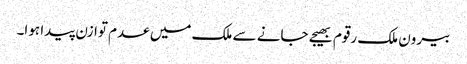
بیرون ملک رقوم بھیجے جانے سے ملک میں عدم توازن پیدا ہوا۔